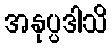
အနုပ္ပဒါသိ